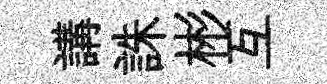
講誅彬互